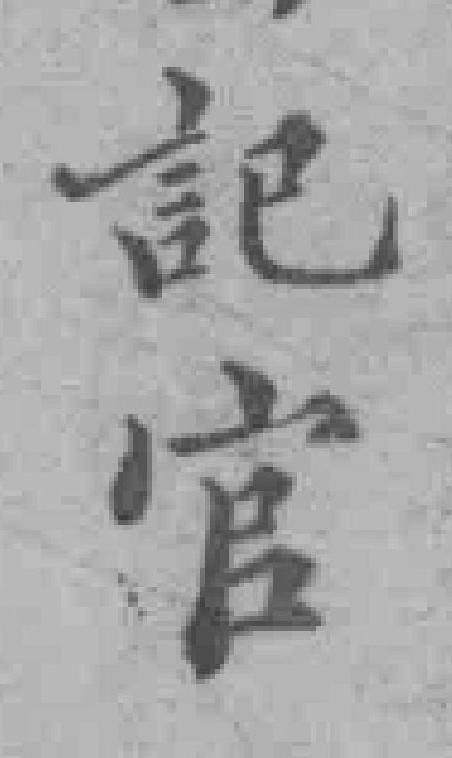
記官